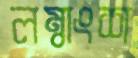
লম্বাংশ